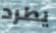
يطرد